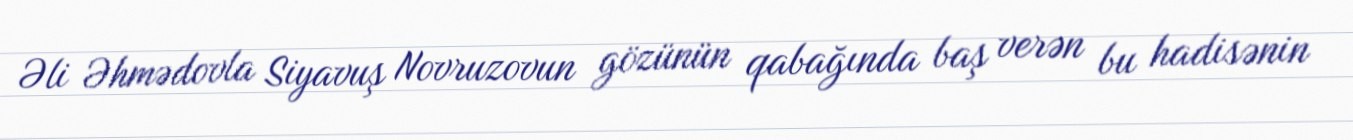
Əli Əhmədovla Siyavuş Novruzovun gözünün qabağında baş verən bu hadisənin